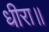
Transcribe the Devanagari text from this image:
धीरा॥